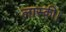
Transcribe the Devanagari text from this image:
लास्की।